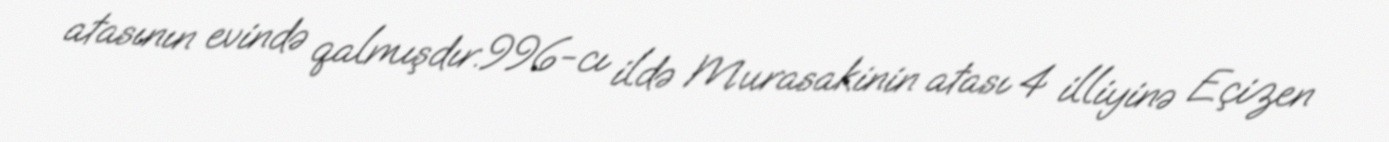
atasının evində qalmışdır.996-cı ildə Murasakinin atası 4 illiyinə Eçizen